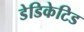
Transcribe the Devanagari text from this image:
डेडिकेटिड